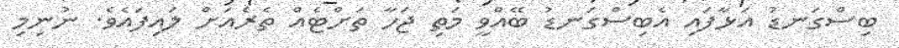
ބިސްގަނޑު އަޅާފައި އެބިސްގަނޑު ބޭއްވީ މަތި ޖަހާ ތަށްޓެއް ތެރެއަށް ލައިފައެވެ. ނުނިމި